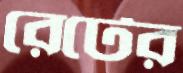
রেটের